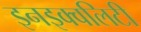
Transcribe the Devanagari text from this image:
इनइक्वलिटी